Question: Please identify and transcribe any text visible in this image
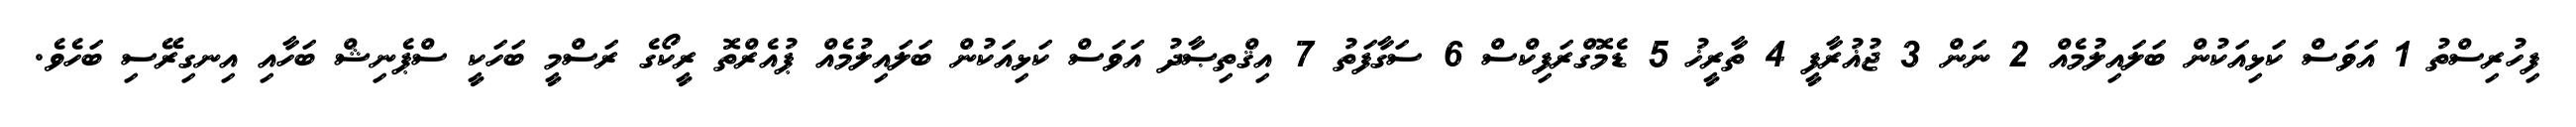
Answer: ފިހުރިސްތު 1 އަވަސް ކަޅިއަކުން ބަލައިލުމެއް 2 ނަން 3 ޖުޣުރާފީ 4 ތާރީޚު 5 ޑެމޮގްރަފިކްސް 6 ސަގާފަތު 7 އިޤްތިޞާދު އަވަސް ކަޅިއަކުން ބަލައިލުމެއް ޕުއެރްތޮ ރީކޯގެ ރަސްމީ ބަހަކީ ސްޕެނިޝް ބަހާއި އިނގިރޭސި ބަހެވެ.